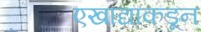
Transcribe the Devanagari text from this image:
एखाद्याकडून